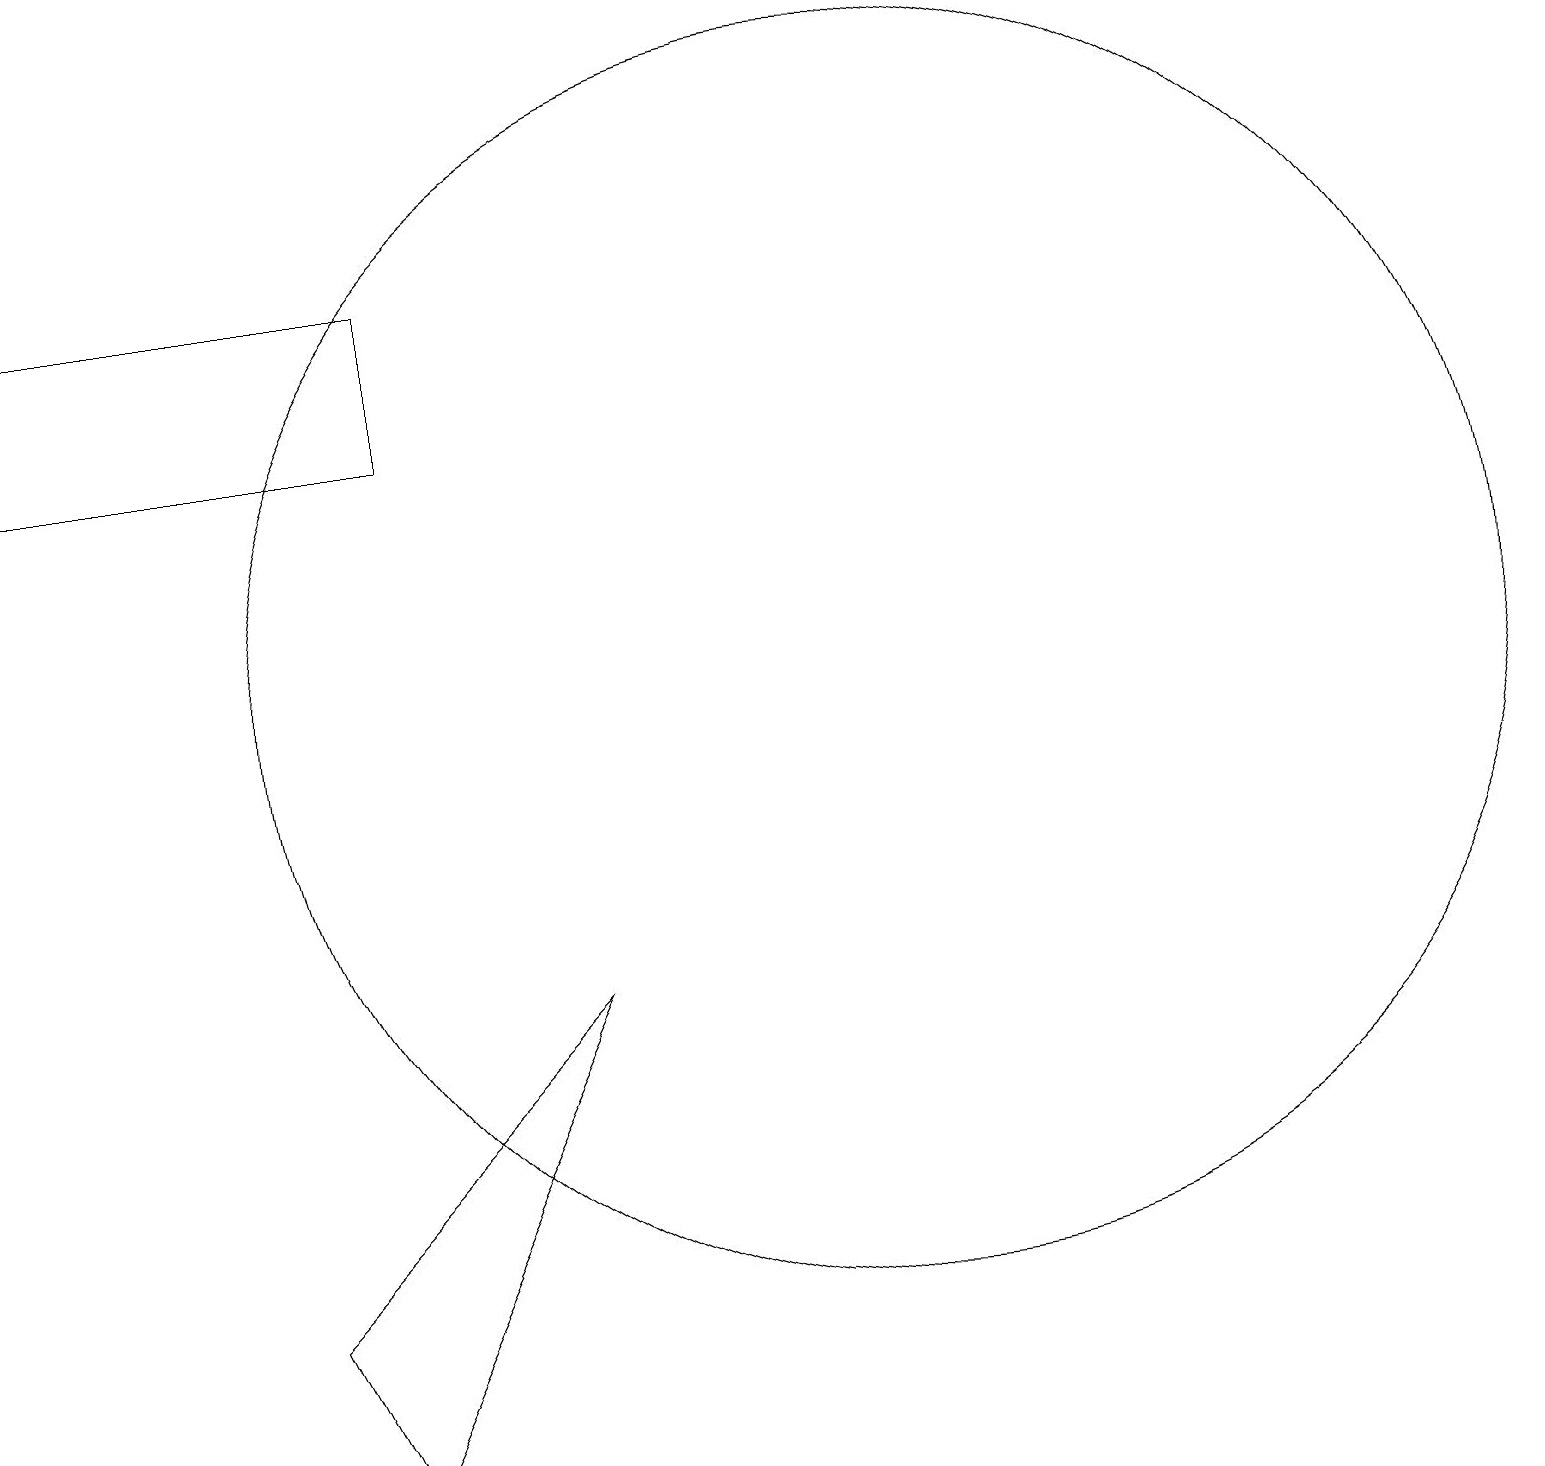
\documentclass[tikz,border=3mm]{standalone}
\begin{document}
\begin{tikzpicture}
\draw (11,12) circle (8);
\draw (5,17) rectangle (0,15);
\draw (7,8) -- (4,2) -- (3,4) -- cycle;
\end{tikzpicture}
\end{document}